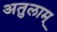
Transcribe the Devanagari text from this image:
अतुलाम्